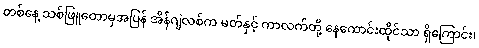
တစ်နေ့ သစ်ဖြူတောမှအပြန် အိန်ဂျဲလစ်က မတ်နှင့် ကာလက်တို့ နေကောင်းထိုင်သာ ရှိကြောင်း၊